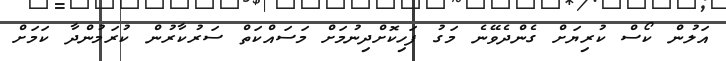
އަލުން ކޯސް ކުރިޔަށް ގެންދެވޭނެ މަގު ފަހިކޮށްދިނުމަށް މަސައްކަތް ސަރުކާރުން ކުރަމުންދާ ކަމަށް